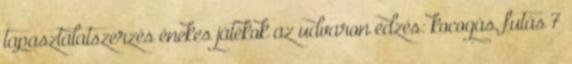
tapasztalatszerzés énekes játékok az udvaron edzés: kocogás, futás 7